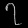
Digit: ၇